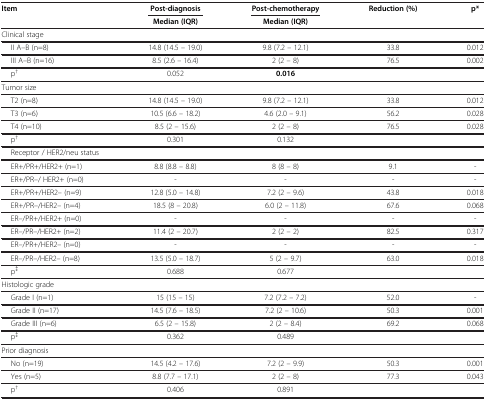
<table><thead><tr><td rowspan="2"><b>Item</b></td><td><b>Post-diagnosis</b></td><td><b>Post-chemotherapy</b></td><td rowspan="2"><b>Reduction (%)</b></td><td rowspan="2"><b>p*</b></td></tr><tr><td><b>Median (IQR)</b></td><td><b>Median (IQR)</b></td></tr></thead><tbody><tr><td>Clinical stage</td><td> </td><td> </td><td> </td><td> </td></tr><tr><td>II A–B (n=8)</td><td>14.8 (14.5 – 19.0)</td><td>9.8 (7.2 – 12.1)</td><td>33.8</td><td>0.012</td></tr><tr><td>III A–B (n=16)</td><td>8.5 (2.6 – 16.4)</td><td>2 (2 – 8)</td><td>76.5</td><td>0.002</td></tr><tr><td>p<sup>†</sup></td><td>0.052</td><td><b>0.016</b></td><td> </td><td> </td></tr><tr><td>Tumor size</td><td> </td><td> </td><td> </td><td> </td></tr><tr><td>T2 (n=8)</td><td>14.8 (14.5 – 19.0)</td><td>9.8 (7.2 – 12.1)</td><td>33.8</td><td>0.012</td></tr><tr><td>T3 (n=6)</td><td>10.5 (6.6 – 18.2)</td><td>4.6 (2.0 – 9.1)</td><td>56.2</td><td>0.028</td></tr><tr><td>T4 (n=10)</td><td>8.5 (2 – 15.6)</td><td>2 (2 – 8)</td><td>76.5</td><td>0.028</td></tr><tr><td>p<sup>†</sup></td><td>0.301</td><td>0.132</td><td> </td><td> </td></tr><tr><td>Receptor / HER2/neu status</td><td> </td><td> </td><td> </td><td> </td></tr><tr><td>ER+/PR+/HER2+ (n=1)</td><td>8.8 (8.8 – 8.8)</td><td>8 (8 – 8)</td><td>9.1</td><td>-</td></tr><tr><td>ER+/PR–/ HER2+ (n=0)</td><td>-</td><td>-</td><td>-</td><td>-</td></tr><tr><td>ER+/PR+/HER2– (n=9)</td><td>12.8 (5.0 – 14.8)</td><td>7.2 (2 – 9.6)</td><td>43.8</td><td>0.018</td></tr><tr><td>ER+/PR–/HER2– (n=4)</td><td>18.5 (8 – 20.8)</td><td>6.0 (2 – 11.8)</td><td>67.6</td><td>0.068</td></tr><tr><td>ER–/PR+/HER2+ (n=0)</td><td>-</td><td>-</td><td>-</td><td>-</td></tr><tr><td>ER–/PR–/HER2+ (n=2)</td><td>11.4 (2 – 20.7)</td><td>2 (2 – 2)</td><td>82.5</td><td>0.317</td></tr><tr><td>ER–/PR+/HER2– (n=0)</td><td>-</td><td>-</td><td>-</td><td>-</td></tr><tr><td>ER–/PR–/HER2– (n=8)</td><td>13.5 (5.0 – 18.7)</td><td>5 (2 – 9.7)</td><td>63.0</td><td>0.018</td></tr><tr><td>p<sup>‡</sup></td><td>0.688</td><td>0.677</td><td> </td><td> </td></tr><tr><td>Histologic grade</td><td> </td><td> </td><td> </td><td> </td></tr><tr><td>Grade I (n=1)</td><td>15 (15 – 15)</td><td>7.2 (7.2 – 7.2)</td><td>52.0</td><td>-</td></tr><tr><td>Grade II (n=17)</td><td>14.5 (7.6 – 18.5)</td><td>7.2 (2 – 10.6)</td><td>50.3</td><td>0.001</td></tr><tr><td>Grade III (n=6)</td><td>6.5 (2 – 15.8)</td><td>2 (2 – 8.4)</td><td>69.2</td><td>0.068</td></tr><tr><td>p<sup>‡</sup></td><td>0.362</td><td>0.489</td><td> </td><td> </td></tr><tr><td>Prior diagnosis</td><td> </td><td> </td><td> </td><td> </td></tr><tr><td>No (n=19)</td><td>14.5 (4.2 – 17.6)</td><td>7.2 (2 – 9.9)</td><td>50.3</td><td>0.001</td></tr><tr><td>Yes (n=5)</td><td>8.8 (7.7 – 17.1)</td><td>2 (2 – 8)</td><td>77.3</td><td>0.043</td></tr><tr><td>p<sup>†</sup></td><td>0.406</td><td>0.891</td><td> </td><td> </td></tr></tbody></table>